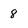
Character: 8